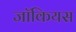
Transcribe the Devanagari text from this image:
जॉकियस